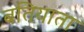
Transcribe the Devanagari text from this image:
बतियाता